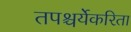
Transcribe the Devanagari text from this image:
तपश्चर्येकरिता